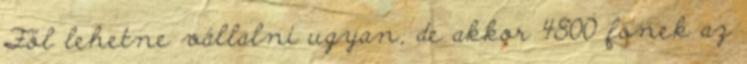
Föl lehetne vállalni ugyan, de akkor 4800 főnek az